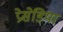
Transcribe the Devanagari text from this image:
प्रेसेडिया